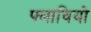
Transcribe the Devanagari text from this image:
फ्लावियो